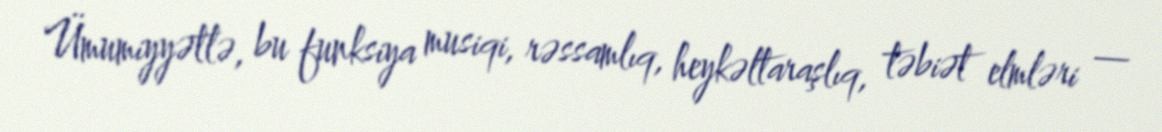
Ümumiyyətlə, bu funksiya musiqi, rəssamlıq, heykəltaraşlıq, təbiət elmləri —